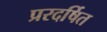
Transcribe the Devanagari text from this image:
प्ररदर्षित